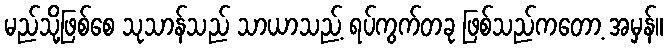
မည်သို့ဖြစ်စေ သုသာန်သည် သာယာသည့် ရပ်ကွက်တခု ဖြစ်သည်ကတော့ အမှန်။